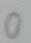
0